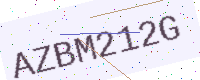
Text: AZBM212G